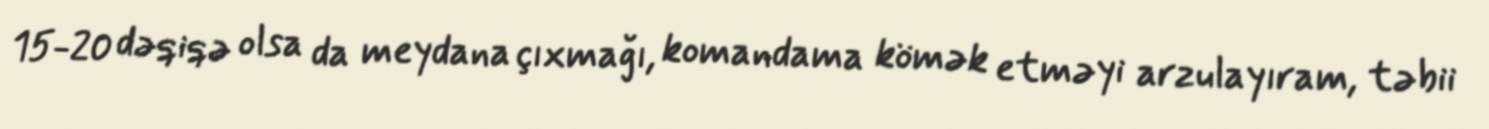
15-20 dəqiqə olsa da meydana çıxmağı, komandama kömək etməyi arzulayıram, təbii